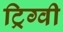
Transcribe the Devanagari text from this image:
ट्रिग्वी